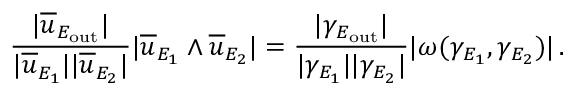
\frac { | \overline { { u } } _ { E _ { \mathrm { o u t } } } | } { | \overline { { u } } _ { E _ { 1 } } | | \overline { { u } } _ { E _ { 2 } } | } | \overline { { u } } _ { E _ { 1 } } \wedge \overline { { u } } _ { E _ { 2 } } | = \frac { | \gamma _ { E _ { \mathrm { o u t } } } | } { | \gamma _ { E _ { 1 } } | | \gamma _ { E _ { 2 } } | } | \omega ( \gamma _ { E _ { 1 } } , \gamma _ { E _ { 2 } } ) | \, .